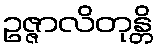
ဥဇ္ဇာလိတုန္တိ